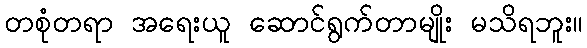
တစုံတရာ အရေးယူ ဆောင်ရွက်တာမျိုး မသိရဘူး။